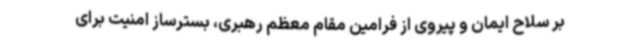
بر سلاح ایمان و پیروی از فرامین مقام معظم رهبری، بسترساز امنیت برای